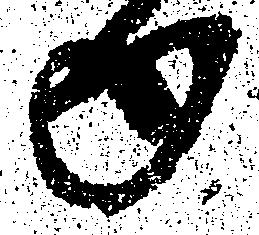
日